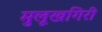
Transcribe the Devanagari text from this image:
मुलूखगिरी